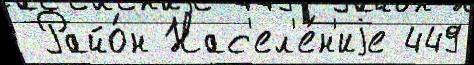
 Райо́н Нас'ел'е́н'иjе 449